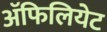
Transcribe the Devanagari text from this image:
अॅफिलियेट